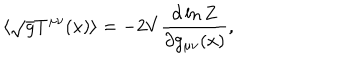
\langle \sqrt { g } T ^ { \mu \nu } ( x ) \rangle = - 2 V { \frac { \partial \ln Z } { \partial g _ { \mu \nu } ( x ) } } ,